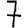
Digit: 7